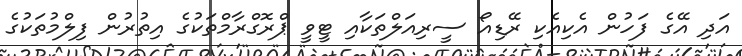
އަދި އޭގެ ފަހުން އެކިއެކި ރޭޑިއޯ ސީރިއަލްތަކާއި ޓީވީ ޕްރޮގްރާމްތަކުގެ އިތުރުން ފިލްމުތަކުގެ